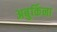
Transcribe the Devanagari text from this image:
अबुर्किना